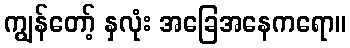
ကျွန်တော့် နှလုံး အခြေအနေကရော။